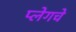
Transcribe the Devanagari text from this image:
प्लेगचे